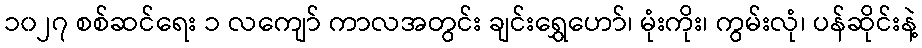
၁၀၂၇ စစ်ဆင်ရေး ၁ လကျော် ကာလအတွင်း ချင်းရွှေဟော်၊ မုံးကိုး၊ ကွမ်းလုံ၊ ပန်ဆိုင်းနဲ့